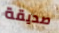
صديقة